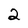
Character: 2